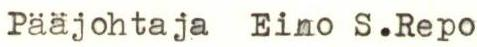
Pääjohtaja Eino S.Repo